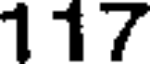
117